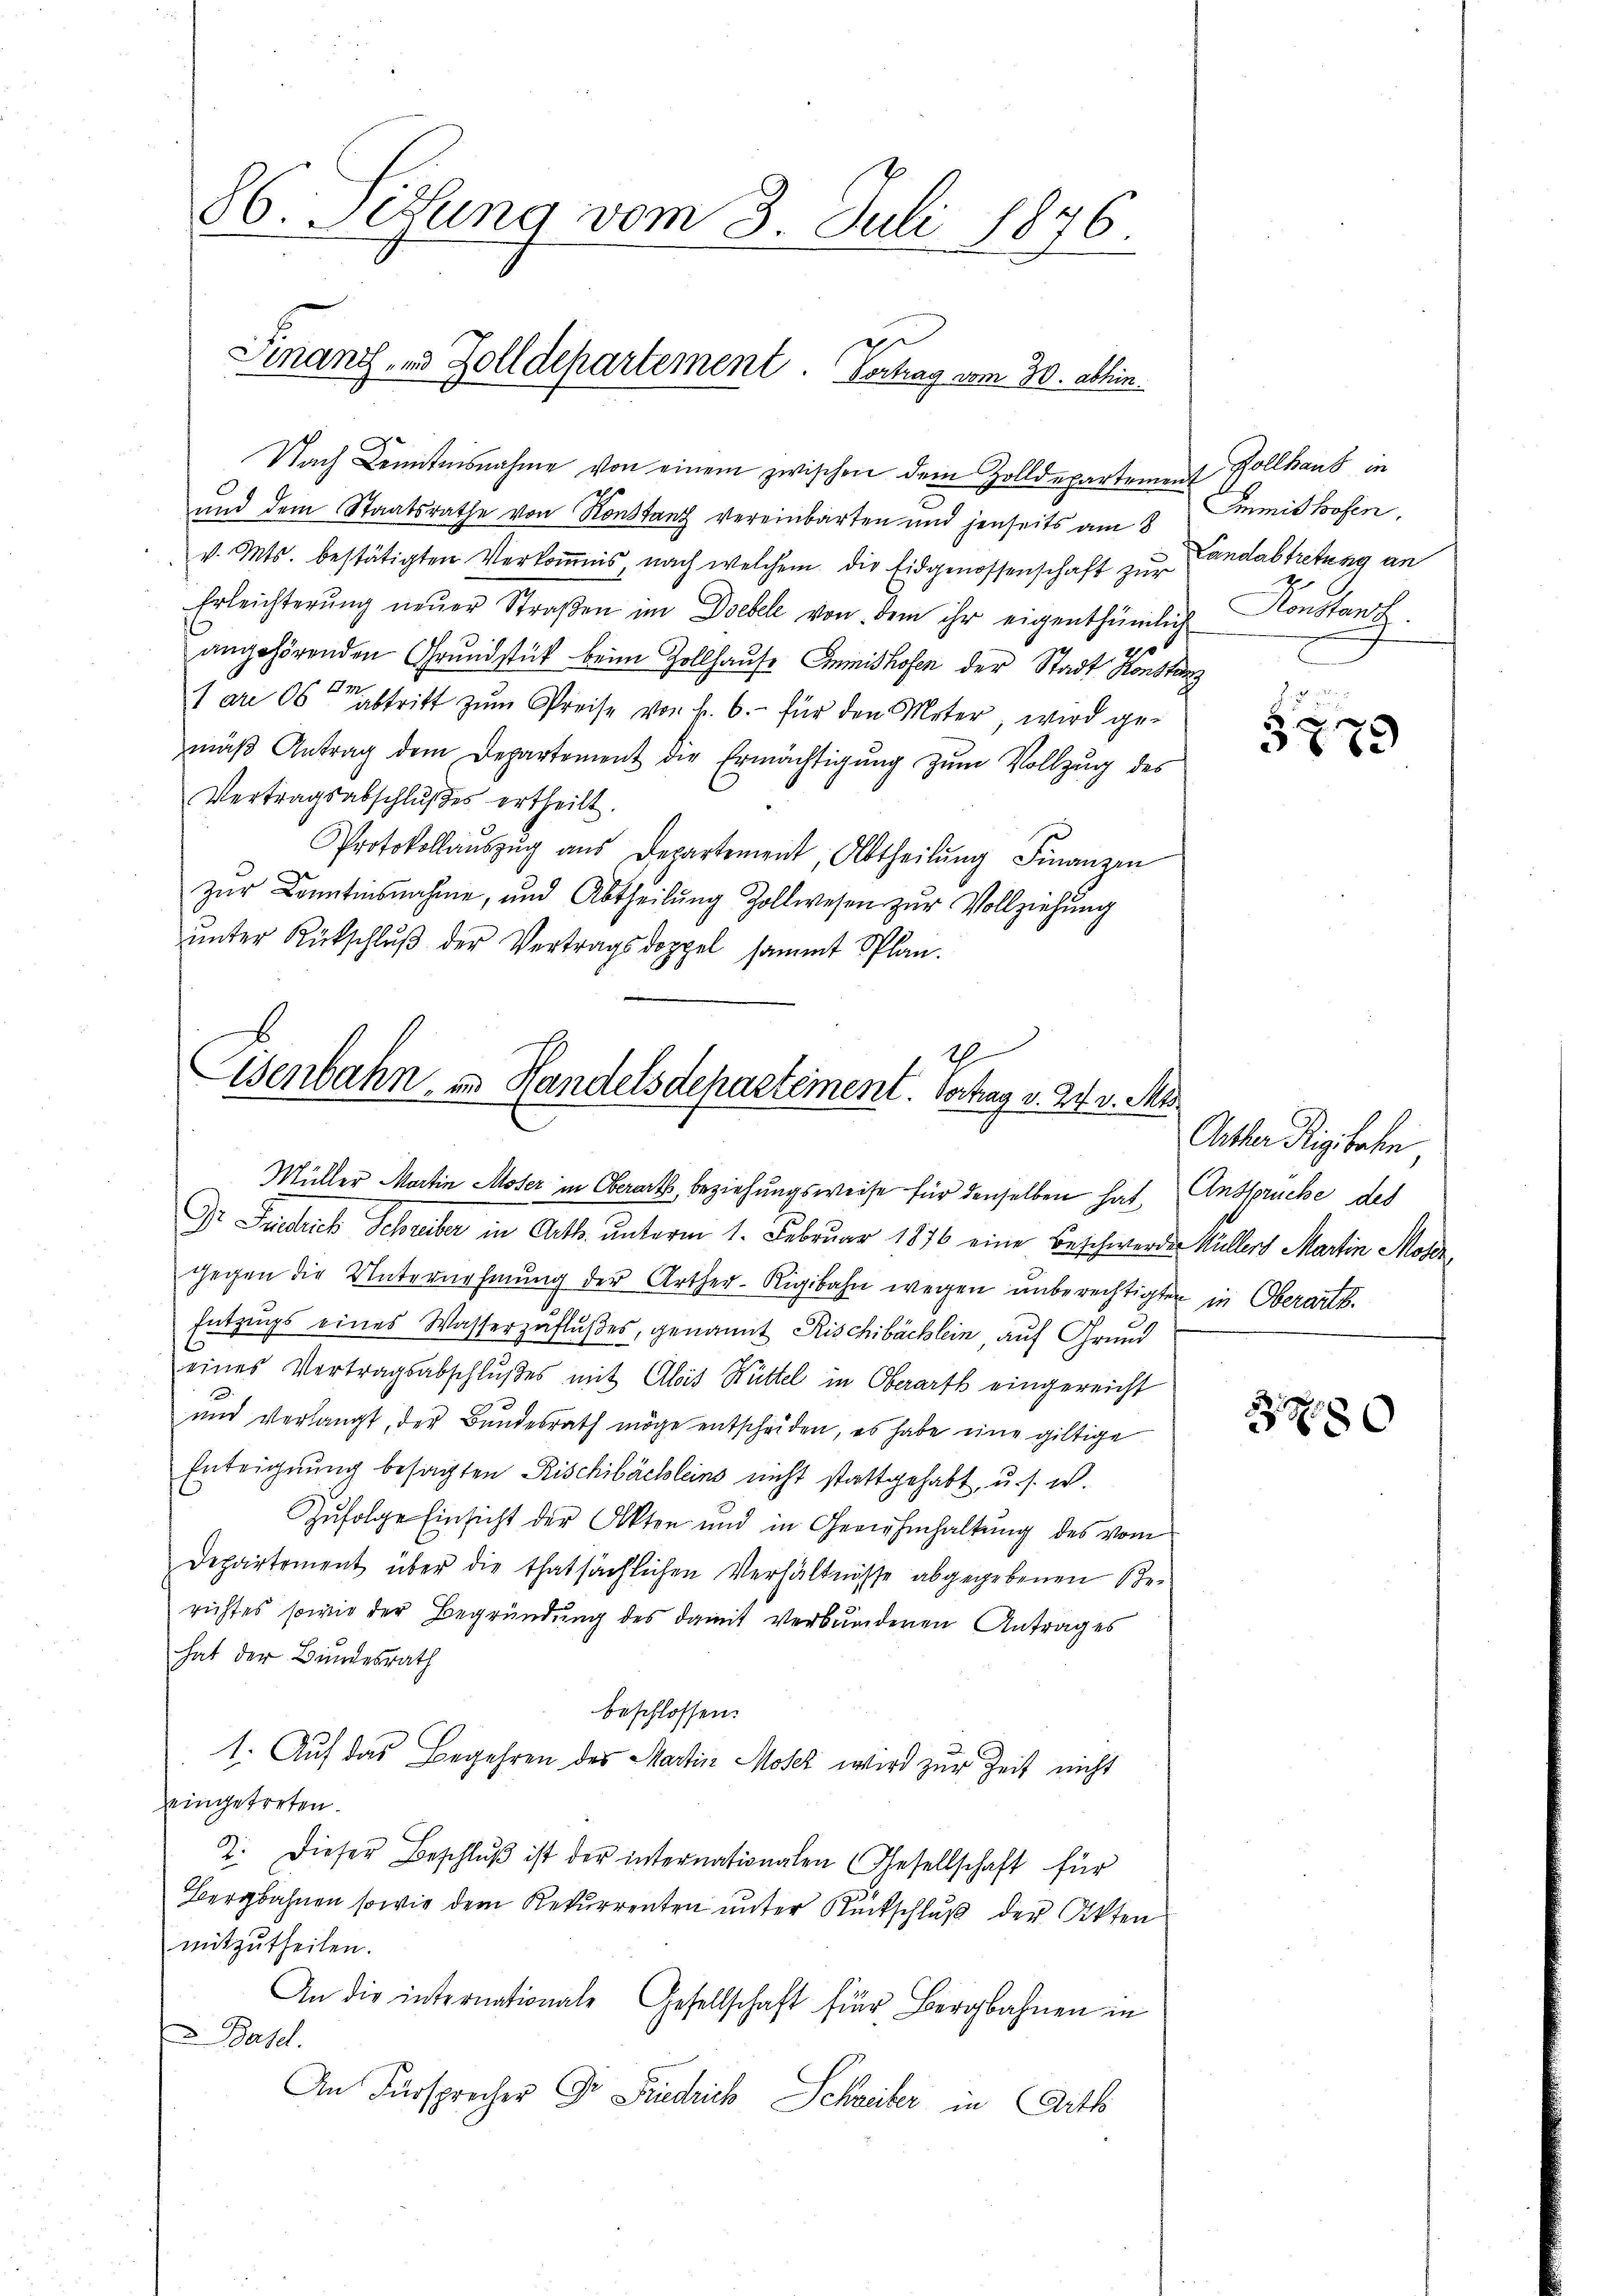
86. Situng vom 3. Juli 1876

Finanz- und Zolldepartement. Vertrag vom 30. abhin.

Nach Kenntnisnahme von einem zwischen dem Zolldepartement Sollhaus
und dem Staatsrathe von Konstanz vereinbarten und jenseits am 8. Immit Hofen,
v. Mts. bestätigten Verkoṁnis, nach welchem die Eidgenossenschaft zur Landabtretung an
Erleichterŭng neŭer Straβen im Doebel von dem ihr eigenthümlich Konstanz.
angehörenden Grundstük beim Zollhause Immishofen der Stadt Konstanz
1 ar 06 abtritt zŭm Preise von Fr. 6.- für den Meter, wird ge-
mäβ Antrag dem Departement die Ermächtigung zŭm Vollzug des
Vertragsabschlŭβes ertheilt.
Protokollaŭszŭg aŭs Departement, Abtheilŭng Finanzen
zŭr Kenntnisnahme, und Abtheilŭng Zollwesen zŭr Vollziehung
ŭnter Rückschlŭβ der Vertragsdoppel sammt Plan.

1
Eisenbahn in Handelsdepartement. Vertrag v. 24. v. Mt

Müller Martin Moser in Oberarts, beziehungsweise für denselben hat, Anspruche des
Dr. Fridrich Schreiber in Art. unterm 1. Februar 1876 eine Beschwerden Kullers Martin Mose
gegen die Unternehmung der Arther-Rigibahn wegen unberechtigten in Oberarte.
Entzugs eines Wasserzuflußes, genannt Rischibächlein auf Grund
eines Vertragsabschlŭβes mit Alois Hüttel in Oberart eingereicht
d
und verlangt, der Bundesrath möge entscheiden, es habe eine giltige
Enteignung besagten Rischibächleins nicht stattgehabt, u. s. w.
Zŭfolge Einsicht der Akten und in Genehmhaltung des vom
Departement über die thatsächlichen Verhältnisse abgegebenen Be-
richtes sowie der Begründung des damit verbundenen Antrages
hat der Bundesrath
beschlossen:
1. Auf das Begehren des Martin Moser wird zur Zeit nicht
eingetreten.
2. Dieser Beschlŭβ ist der internationalen (Gesellschaft für
Bergbahnen sowie dem Rekurrenten unter Rückschluß der Akten
mitzutheilen.
An die internationale Gesellschaft für Bergbahnen in
u Basel.
An Fürsprecher Dr Friedrich Schreiber in Bitts

3779

Other Rigibahn

3780